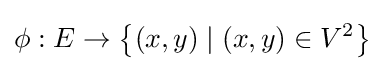
\phi :E\to \left\{(x,y)\mid (x,y)\in V^{2}\right\}